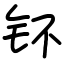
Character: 钚